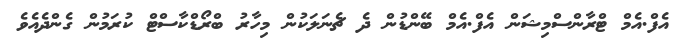
އެފް.އެމް ޓްރާންސްމިޝަން އެފް.އެމް ބޭންޑުން ދެ ޗެނަލަކުން މިހާރު ބްރޯޑްކާސްޓް ކުރަމުން ގެންދެއެވެ